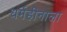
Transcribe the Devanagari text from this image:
धर्महीनाला